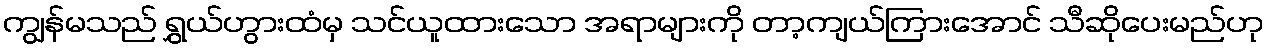
ကျွန်မသည် ရွှယ်ဟွားထံမှ သင်ယူထားသော အရာများကို တာ့ကျယ်ကြားအောင် သီဆိုပေးမည်ဟု